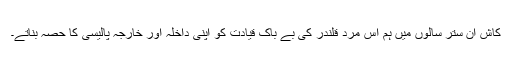
کاش ان ستر سالوں میں ہم اس مردِ قلندر کی بے باک قیادت کو اپنی داخلہ اور خارجہ پالیسی کا حصہ بناتے۔